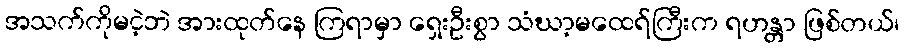
အသက်ကိုမငဲ့ဘဲ အားထုတ်နေ ကြရာမှာ ရှေးဦးစွာ သံဃာ့မထေရ်ကြီးက ရဟန္တာ ဖြစ်တယ်၊